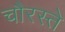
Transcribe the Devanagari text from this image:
चौरस्ते